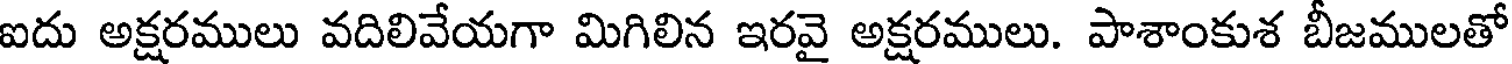
ఐదు అక్షరములు వదిలివేయగా మిగిలిన ఇరవై అక్షరములు. పాశాంకుశ బీజములతో